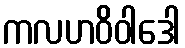
ကလဟဝိဝါဒေါ